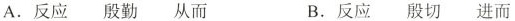
A. 反应 殷勤 从而 B. 反应 殷切 进而